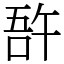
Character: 𠵦